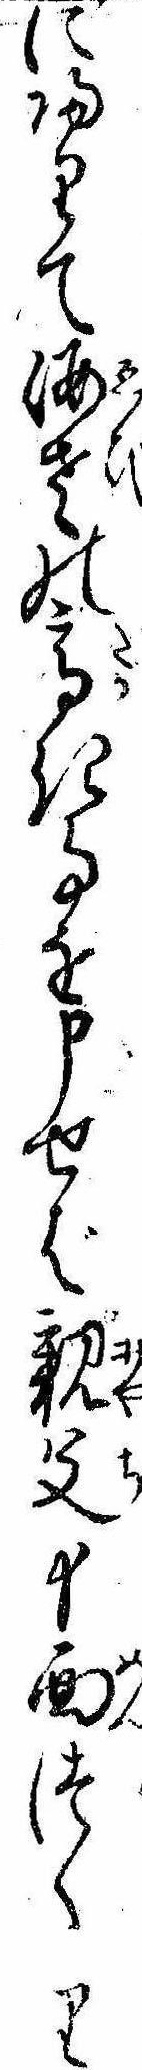
に帰りて海老の高き事を申せば親父十面つくり